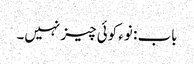
باب : نوء کوئی چیز نہیں۔